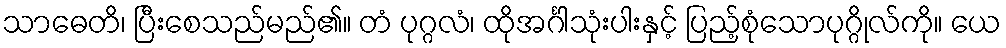
သာဓေတိ၊ ပြီးစေသည်မည်၏။ တံ ပုဂ္ဂလံ၊ ထိုအင်္ဂါသုံးပါးနှင့် ပြည့်စုံသောပုဂ္ဂိုလ်ကို။ ယေ